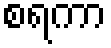
စရကာ